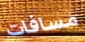
مسافات